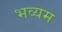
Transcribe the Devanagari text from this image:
भव्यम